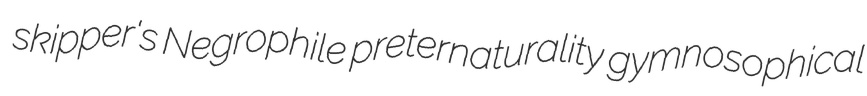
skipper's Negrophile preternaturality gymnosophical